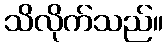
သိလိုက်သည်။